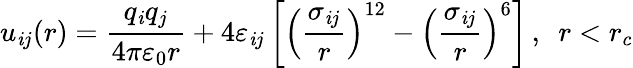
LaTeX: u_{\mathit{i}j}(r)=\frac{{q_{\mathit{i}}q_{j}}}{{4\pi\varepsilon_{0}r}}+4\varepsilon_{\mathit{i}j}\left[\left(\frac{{\sigma_{\mathit{i}j}}}{{r}}\right)^{12}-\left(\frac{{\sigma_{\mathit{i}j}}}{{r}}\right)^{6}\right]\, ,\ \ r<r_{c}